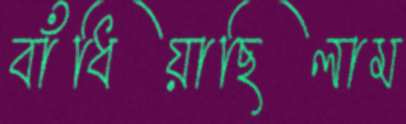
বাঁধিয়াছিলাম